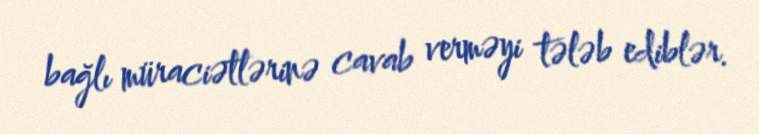
bağlı müraciətlərinə cavab verməyi tələb ediblər.